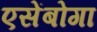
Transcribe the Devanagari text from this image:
एसेंबोगा